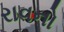
રાવનો